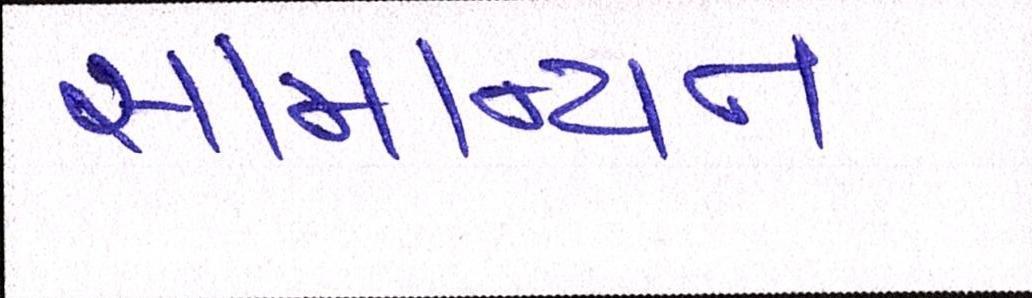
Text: સામાન્યતઃ